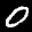
Label: 0